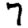
Digit: 7